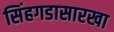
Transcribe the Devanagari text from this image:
सिंहगडासारखा